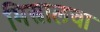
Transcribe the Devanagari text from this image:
मिस्त्रालचा